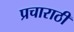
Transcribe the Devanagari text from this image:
प्रचाराठी